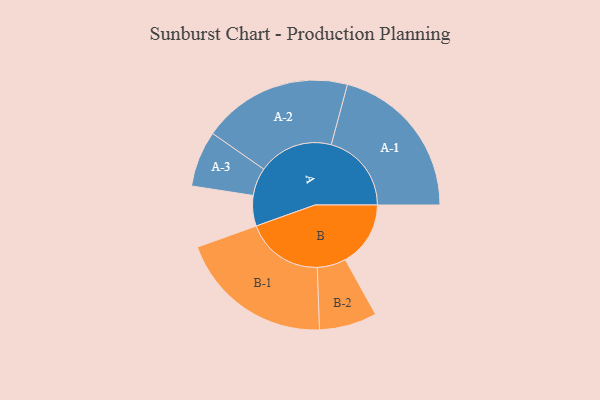
{"axis": {"x": "Segment", "y": "Value"}, "legend": ["", "A", "B"], "data": [{"x": "A", "y": 112, "type": ""}, {"x": "B", "y": 240, "type": ""}, {"x": "A-1", "y": 295, "type": "A"}, {"x": "A-2", "y": 276, "type": "A"}, {"x": "A-3", "y": 103, "type": "A"}, {"x": "B-1", "y": 285, "type": "B"}, {"x": "B-2", "y": 106, "type": "B"}]}